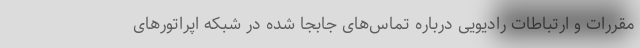
مقررات و ارتباطات رادیویی درباره تماس‌های جابجا شده در شبکه اپراتورهای